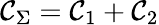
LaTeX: \mathcal{C}_{\Sigma}=\mathcal{C}_{1}+\mathcal{C}_{2}